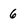
Character: 6